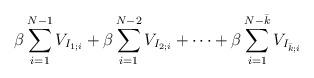
LaTeX: \begin{align*}\beta \sum_{i=1}^{N-1}V_{I_{1;i}}+\beta \sum_{i=1}^{N-2}V_{I_{2;i}}+\dots +\beta\sum_{i=1}^{N-\bar{k}}V_{I_{\bar{k};i}}\end{align*}